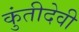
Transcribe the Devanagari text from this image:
कुंतीदेवी